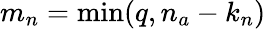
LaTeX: m_{n}=\operatorname*{min}(q,n_{a}-k_{n})